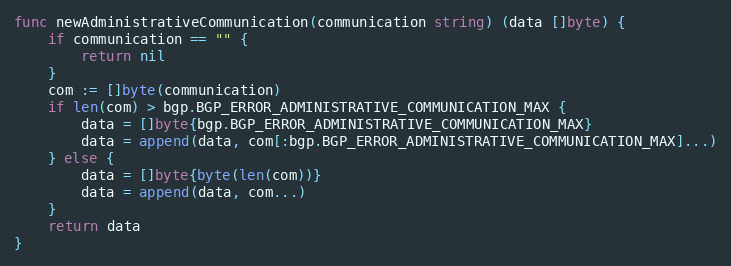
Language: Go
func newAdministrativeCommunication(communication string) (data []byte) {
	if communication == "" {
		return nil
	}
	com := []byte(communication)
	if len(com) > bgp.BGP_ERROR_ADMINISTRATIVE_COMMUNICATION_MAX {
		data = []byte{bgp.BGP_ERROR_ADMINISTRATIVE_COMMUNICATION_MAX}
		data = append(data, com[:bgp.BGP_ERROR_ADMINISTRATIVE_COMMUNICATION_MAX]...)
	} else {
		data = []byte{byte(len(com))}
		data = append(data, com...)
	}
	return data
}